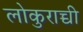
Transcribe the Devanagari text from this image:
लोकुराच्ची